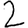
Digit: 2